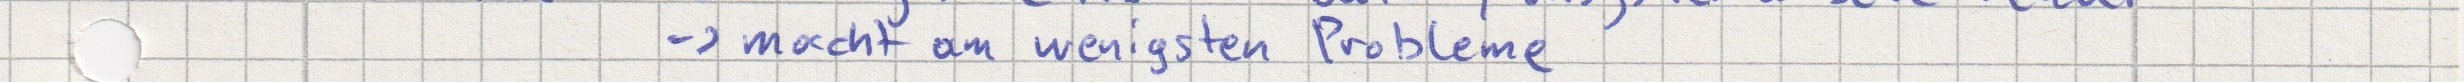
-> macht am wenigsten Probleme